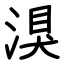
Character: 湨